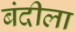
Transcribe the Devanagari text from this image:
बंदीला